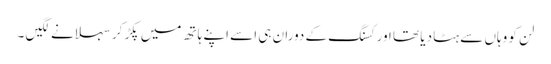
لن کو وہاں سے ہٹا دیا تھا اور کسنگ کے دوران ہی اسے اپنے ہاتھ میں پکڑ کر سہلانے لگیں ۔